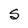
Character: S